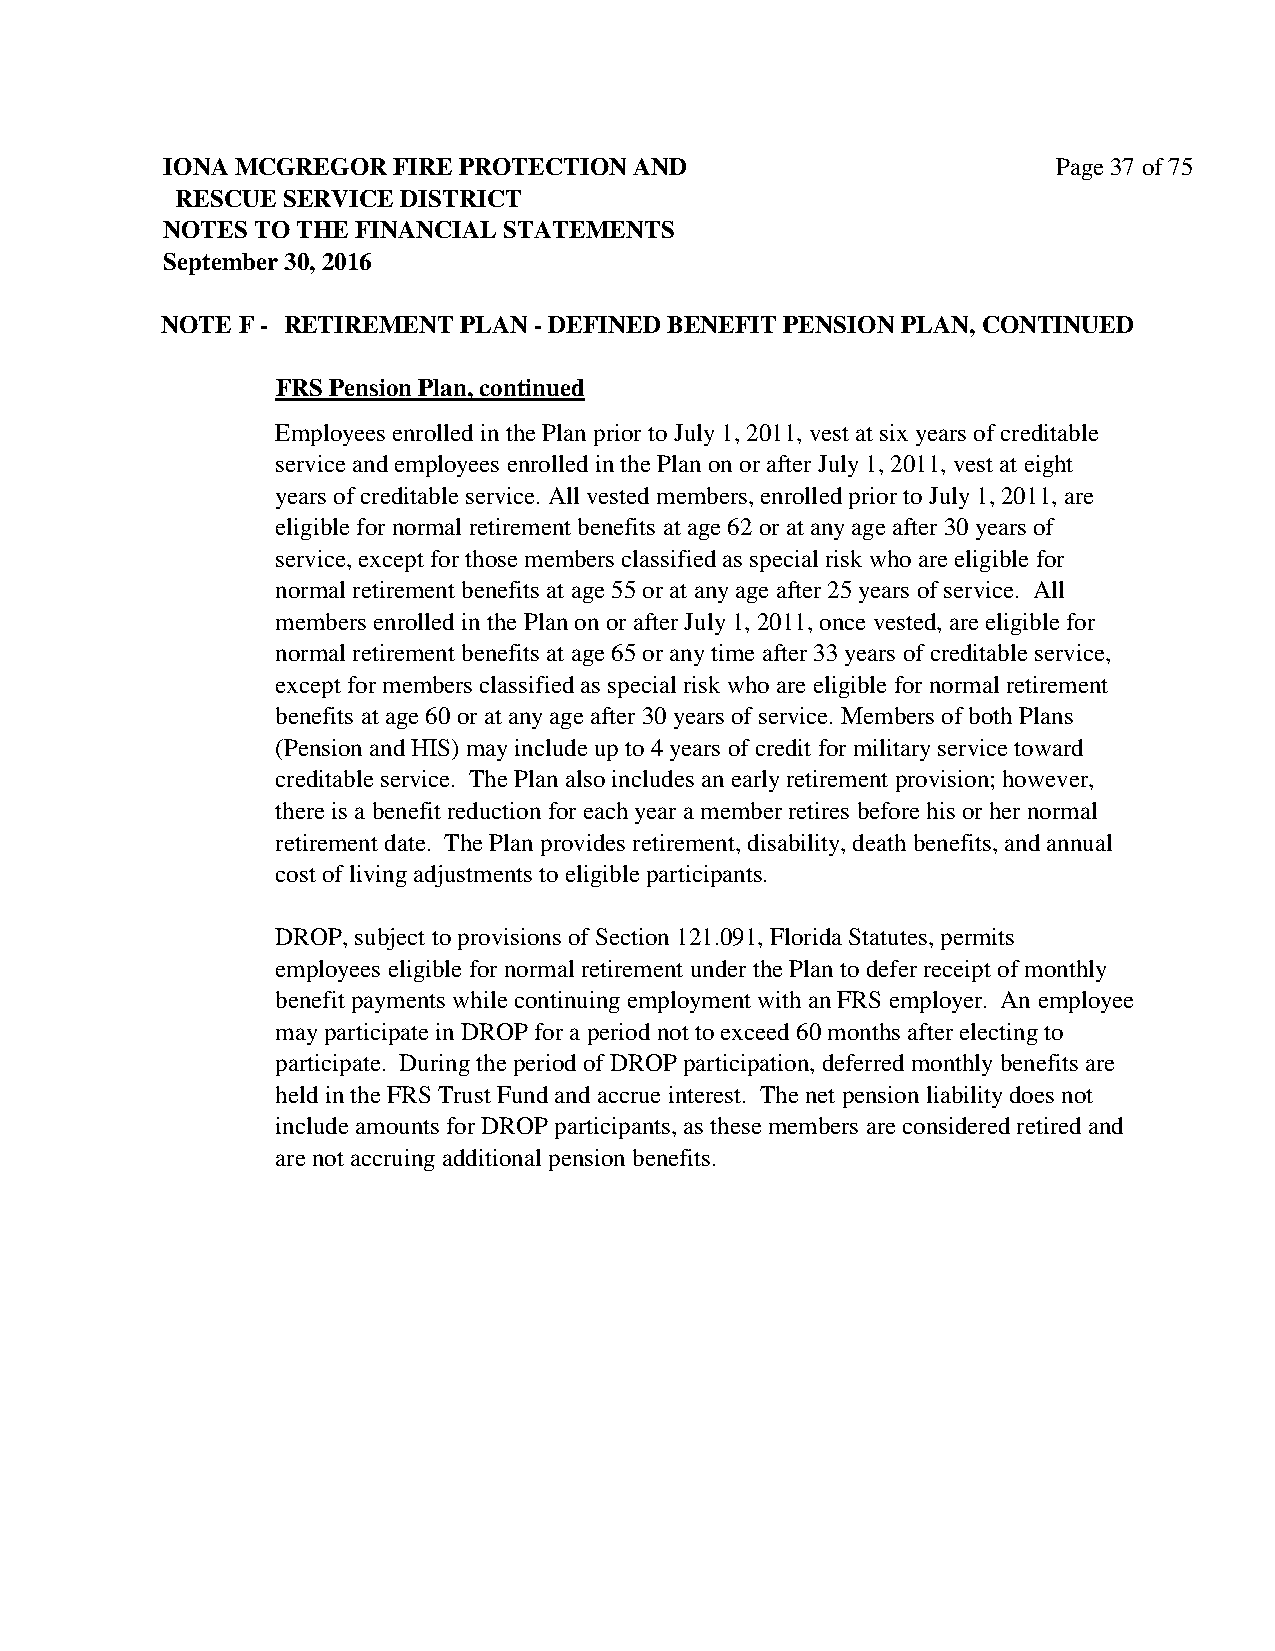
IONA MCGREGOR  FIRE PROTECTION AND                         Page 37 of 75
 RESCUE SERVICE DISTRICT
 NOTES TO THE FINANCIAL STATEMENTS
 September 30, 2016
 NOTE F - RETIREMENT PLAN - DEFINED BENEFIT PENSION PLAN, CONTINUED
 FRS Pension Plan, continued
 Employees enrolled in the Plan prior to July 1, 2011, vest at six years of creditable
 service and employees enrolled in the Plan on or after July 1, 2011, vest at eight
 years of creditable service. All vested members, enrolled prior to July 1, 2011, are
 eligible for normal retirement benefits at age 62 or at any age after 30 years of
 service, except for those members classified as special risk who are eligible for
 normal retirement benefits at age 55 or at any age after 25 years of service. All
 members enrolled in the Plan on or after July 1, 2011, once vested, are eligible for
 normal retirement benefits at age 65 or any time after 33 years of creditable service,
 except for members classified as special risk who are eligible for normal retirement
 benefits at age 60 or at any age after 30 years of service. Members of both Plans
 (Pension and HIS) may include up to 4 years of credit for military service toward
 creditable service. The Plan also includes an early retirement provision; however,
 there is a benefit reduction for each year a member retires before his or her normal
 retirement date. The Plan provides retirement, disability, death benefits, and annual
 cost of living adjustments to eligible participants.
 DROP, subject to provisions of Section 121.091, Florida Statutes, permits
 employees eligible for normal retirement under the Plan to defer receipt of monthly
 benefit payments while continuing employment with an FRS employer. An employee
 may participate in DROP for a period not to exceed 60 months after electing to
 participate. During the period of DROP participation, deferred monthly benefits are
 held in the FRS Trust Fund and accrue interest. The net pension liability does not
 include amounts for DROP participants, as these members are considered retired and
 are not accruing additional pension benefits.